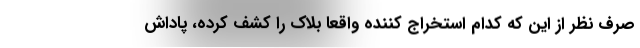
صرف نظر از این که کدام استخراج کننده واقعا بلاک را کشف کرده، پاداش